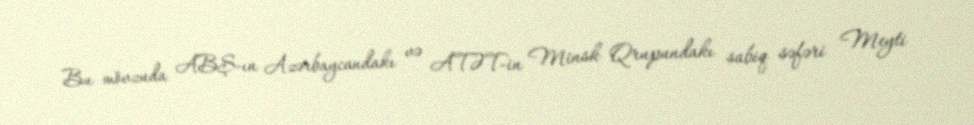
Bu mövzuda ABŞ-ın Azərbaycandakı və ATƏT-in Minsk Qrupundakı sabiq səfəri Meyti